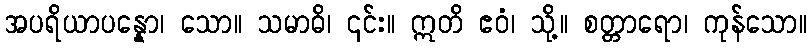
အပရိယာပန္နော၊ သော။ သမာဓိ၊ ၎င်း။ ဣတိ ဧဝံ၊ သို့။ စတ္တာရော၊ ကုန်သော။